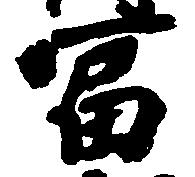
富